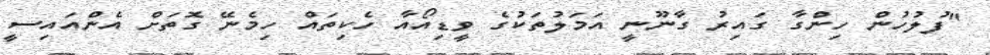
"ފުލުހުން ހިންގާ ގައިރު ގާނޫނީ އަމަލުތަކުގެ ވީޑިއޯއާ ހެކިތައް ހިމެނޭ ގޮތަށް އެންއައިސީ